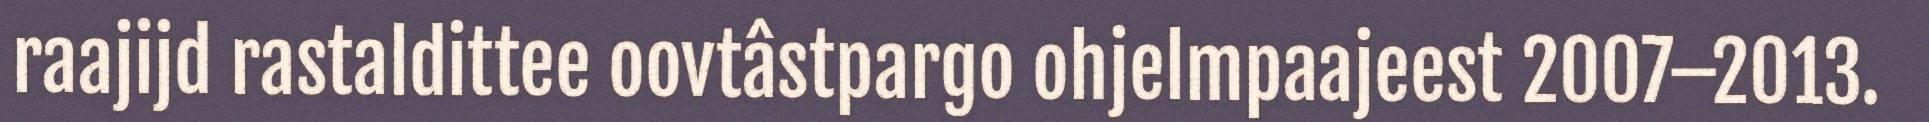
raajijd rastaldittee oovtâstpargo ohjelmpaajeest 2007–2013.